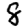
Digit: 8